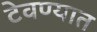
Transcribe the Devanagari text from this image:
टेवण्यात